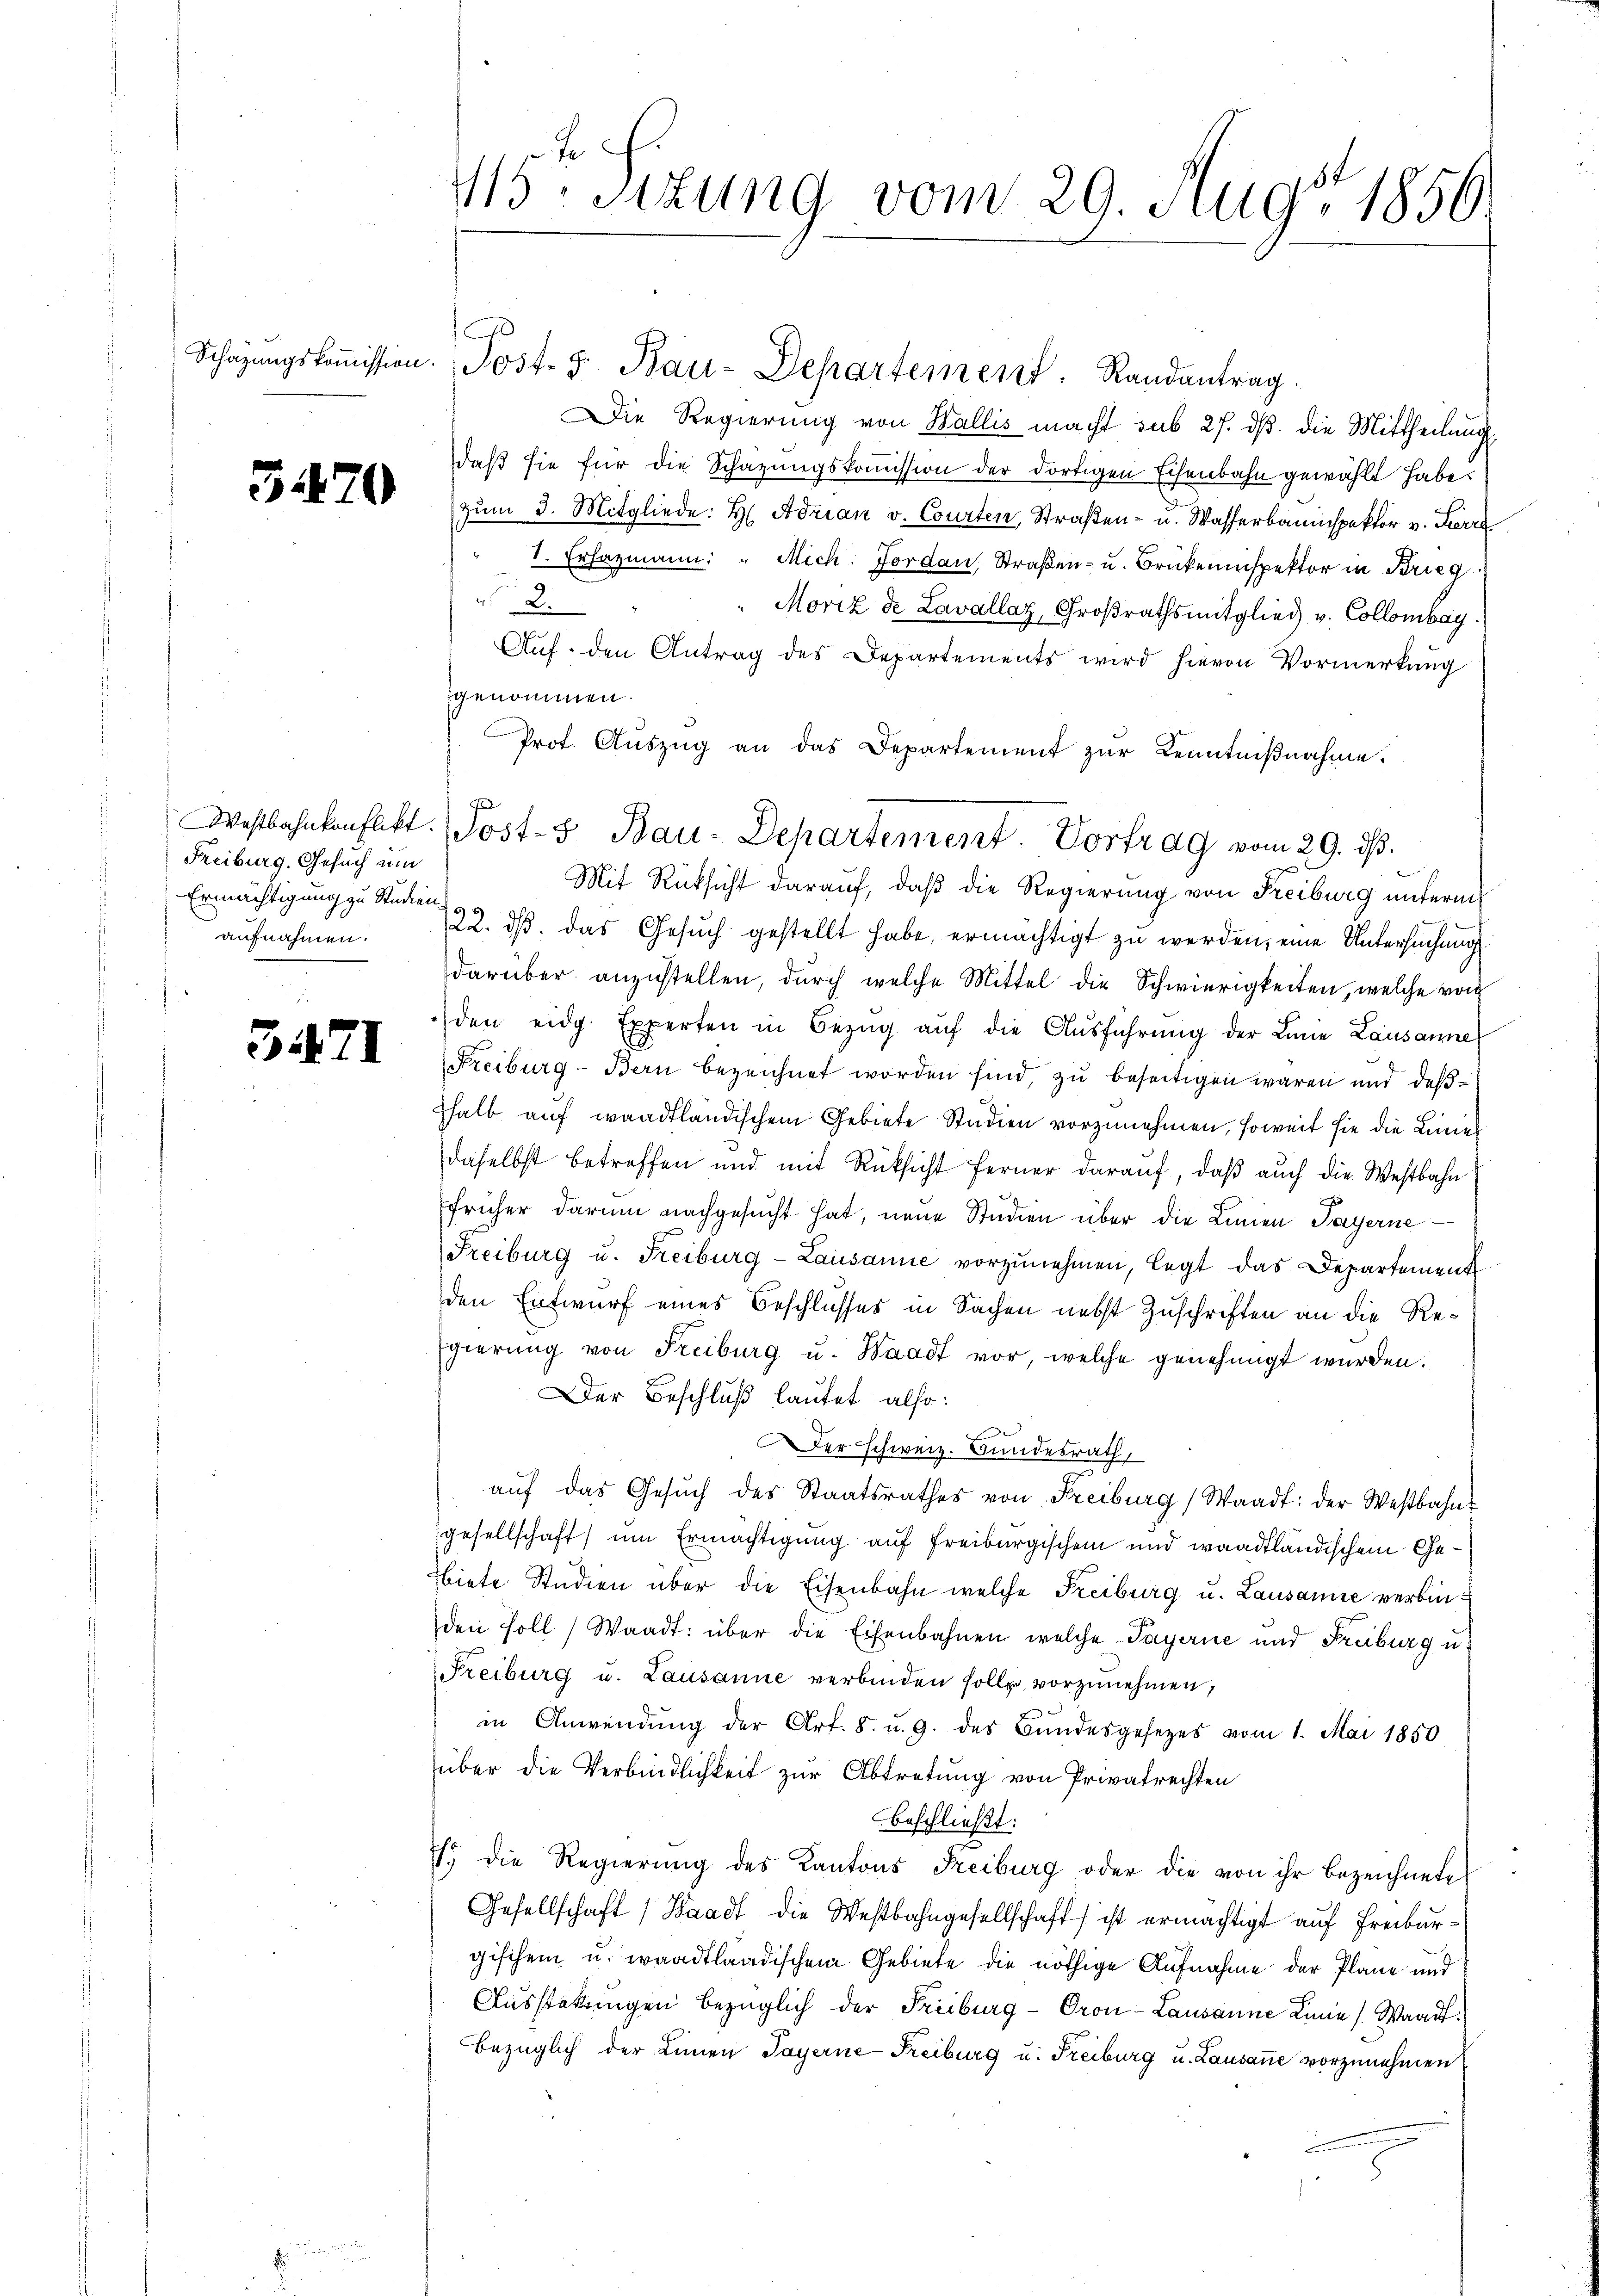
Schazungskommission.

3470

Freiburg, Gesuch um
Ermächtigung zu Studienaufnahmen.

3.471

415. Sitzung vom 29. Aug. 1856

Die Regierung von Wallis macht sub 27. dß. die Mittheilung
daβ sie für die Schazungskoṁission der dortigen Eisenbahn gewählt habe.
Zŭm 3. Mitgliede: H. Adrian v. Courten, Straßen- u. Wasserbauinspektor v. Ferre
1. Erhazmann: " Mich. Forden, Straßen- u. Brükeninspektor in Krieg
2.
Moriz de Lavallaz, Großrathsmitglied v. Collombag
Aŭf den Antrag des Departements wird hievon Vormerkung
genommen.
Prot. Auszug an das Departement zur Kenntnißnahme.
Mit Rücksicht darauf, daß die Regierung von Freiburg unterm
22. ds. das Gesŭch gestellt habe, ermächtigt zu werden, eine Untersuchung
darüber anzustellen, durch welche Mittel die Schwierigkeiten, welche von
den eidg. Experten in Bezŭg aŭf die Aŭsführŭng der Linie Lausanne
Freiburg-Bern bezeichnet worden sind, zu beseitigen waren und deßshalb auf waadtländischem Gebiete Studien vorzunehmen, soweit sie die Linie
daselbst betreffen und mit Rücksicht ferner darauf, daß auch die Westbahn
früher darum nachgesucht hat, neue Studien über die Linien Payerne
Freiburg u. Freiburg-Lausanne vorzŭnehmen, legt das Departement
den Entwurf eines Beschlusses in Sachen nebst Zuschriften an die Regierung von Freiburg u. Waadt vor, welche genehmigt wurden.
Der Beschluß lautet also:
er schweiz. Bundesrath,
aŭf das Gesŭch des Staatsrathes von Freiburg, Waadt: der Westbahn
gesellschaft um Ermächtigung auf Freiburgischen und waadtländischem Gebiete Studien über die Eisenbahn welche Freiburg u. Lausanne verbinden soll, Waadt: über die Eisenbahnen welche Payerne und Freiburg u.
Freiburg u. Lausanne verbinden solle vorzunehmen,
in Anwendŭng der Art. 8. u. 9. des Bŭndesgesetzes vom 1. Mai 1850
über die Verbindlichkeit zur Abtretung von Privatrechten
beschließt:
1. die Regierung des Kantons Freiburg oder die von ihr bezeichnete
Gesellschaft (Waadt die Westbahngesellschaft ist ermächtigt auf Freiburgischen u. waadtländischem Gebiete die nöthige Aufnahme der Plane und
Ausstekungen bezüglich der Freiburg - Oron-Lausanne Linie (Waadt.
bezüglich der Linien Payerne-Freiburg u. Freiburg u. Lausanne vorzunehmen

Post- u. Bau-Departement. Randantrag.

g
Westbahnkonflikt. Jost- Bau-Departement. Vortrag vom 29. dβ.